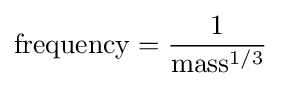
\mathrm {frequency} ={\frac {1}{\mathrm {mass} ^{1/3}}}